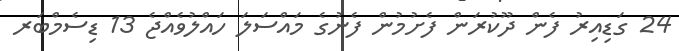
24 ގަޑިއިރު ފެން ދޫކުރަން ފެށުމުން ފެނުގެ މައްސަލަ ހައްލުވެއްޖެ 13 ޑިސެމްބަރ